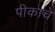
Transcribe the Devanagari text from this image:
पीकाचे